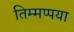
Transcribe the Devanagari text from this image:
तिम्मप्पया